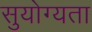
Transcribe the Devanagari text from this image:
सुयोग्यता